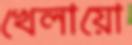
খেলায়ো